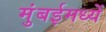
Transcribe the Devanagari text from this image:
मुंबईमध्यें